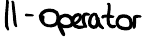
II - Operator